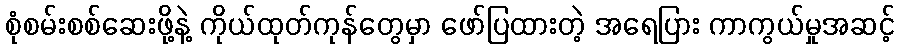
စုံစမ်းစစ်ဆေးဖို့နဲ့ ကိုယ်ထုတ်ကုန်တွေမှာ ဖော်ပြထားတဲ့ အရေပြား ကာကွယ်မှုအဆင့်